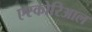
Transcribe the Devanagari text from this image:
एस्कोरिआल